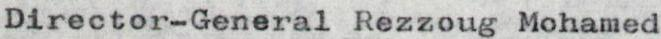
Director-General Rezzoug Mohamed